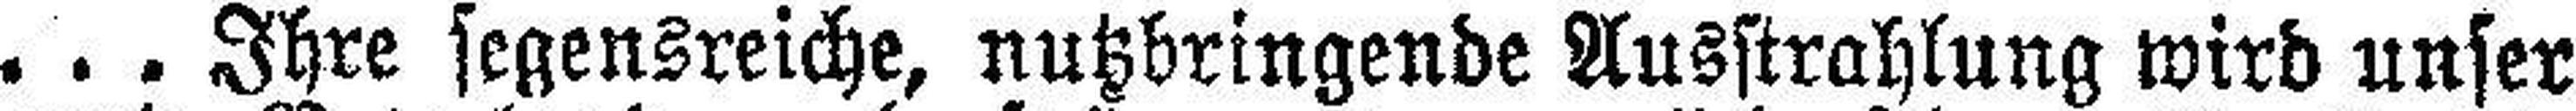
. . . Ihre segensreiche, nutzbringende Ausstrahlung wird unser